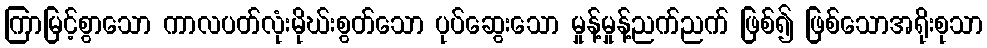
ကြာမြင့်စွာသော ကာလပတ်လုံးမိုဃ်းစွတ်သော ပုပ်ဆွေးသော မှုန့်မှုန့်ညက်ညက် ဖြစ်၍ ဖြစ်သောအရိုးစုသာ